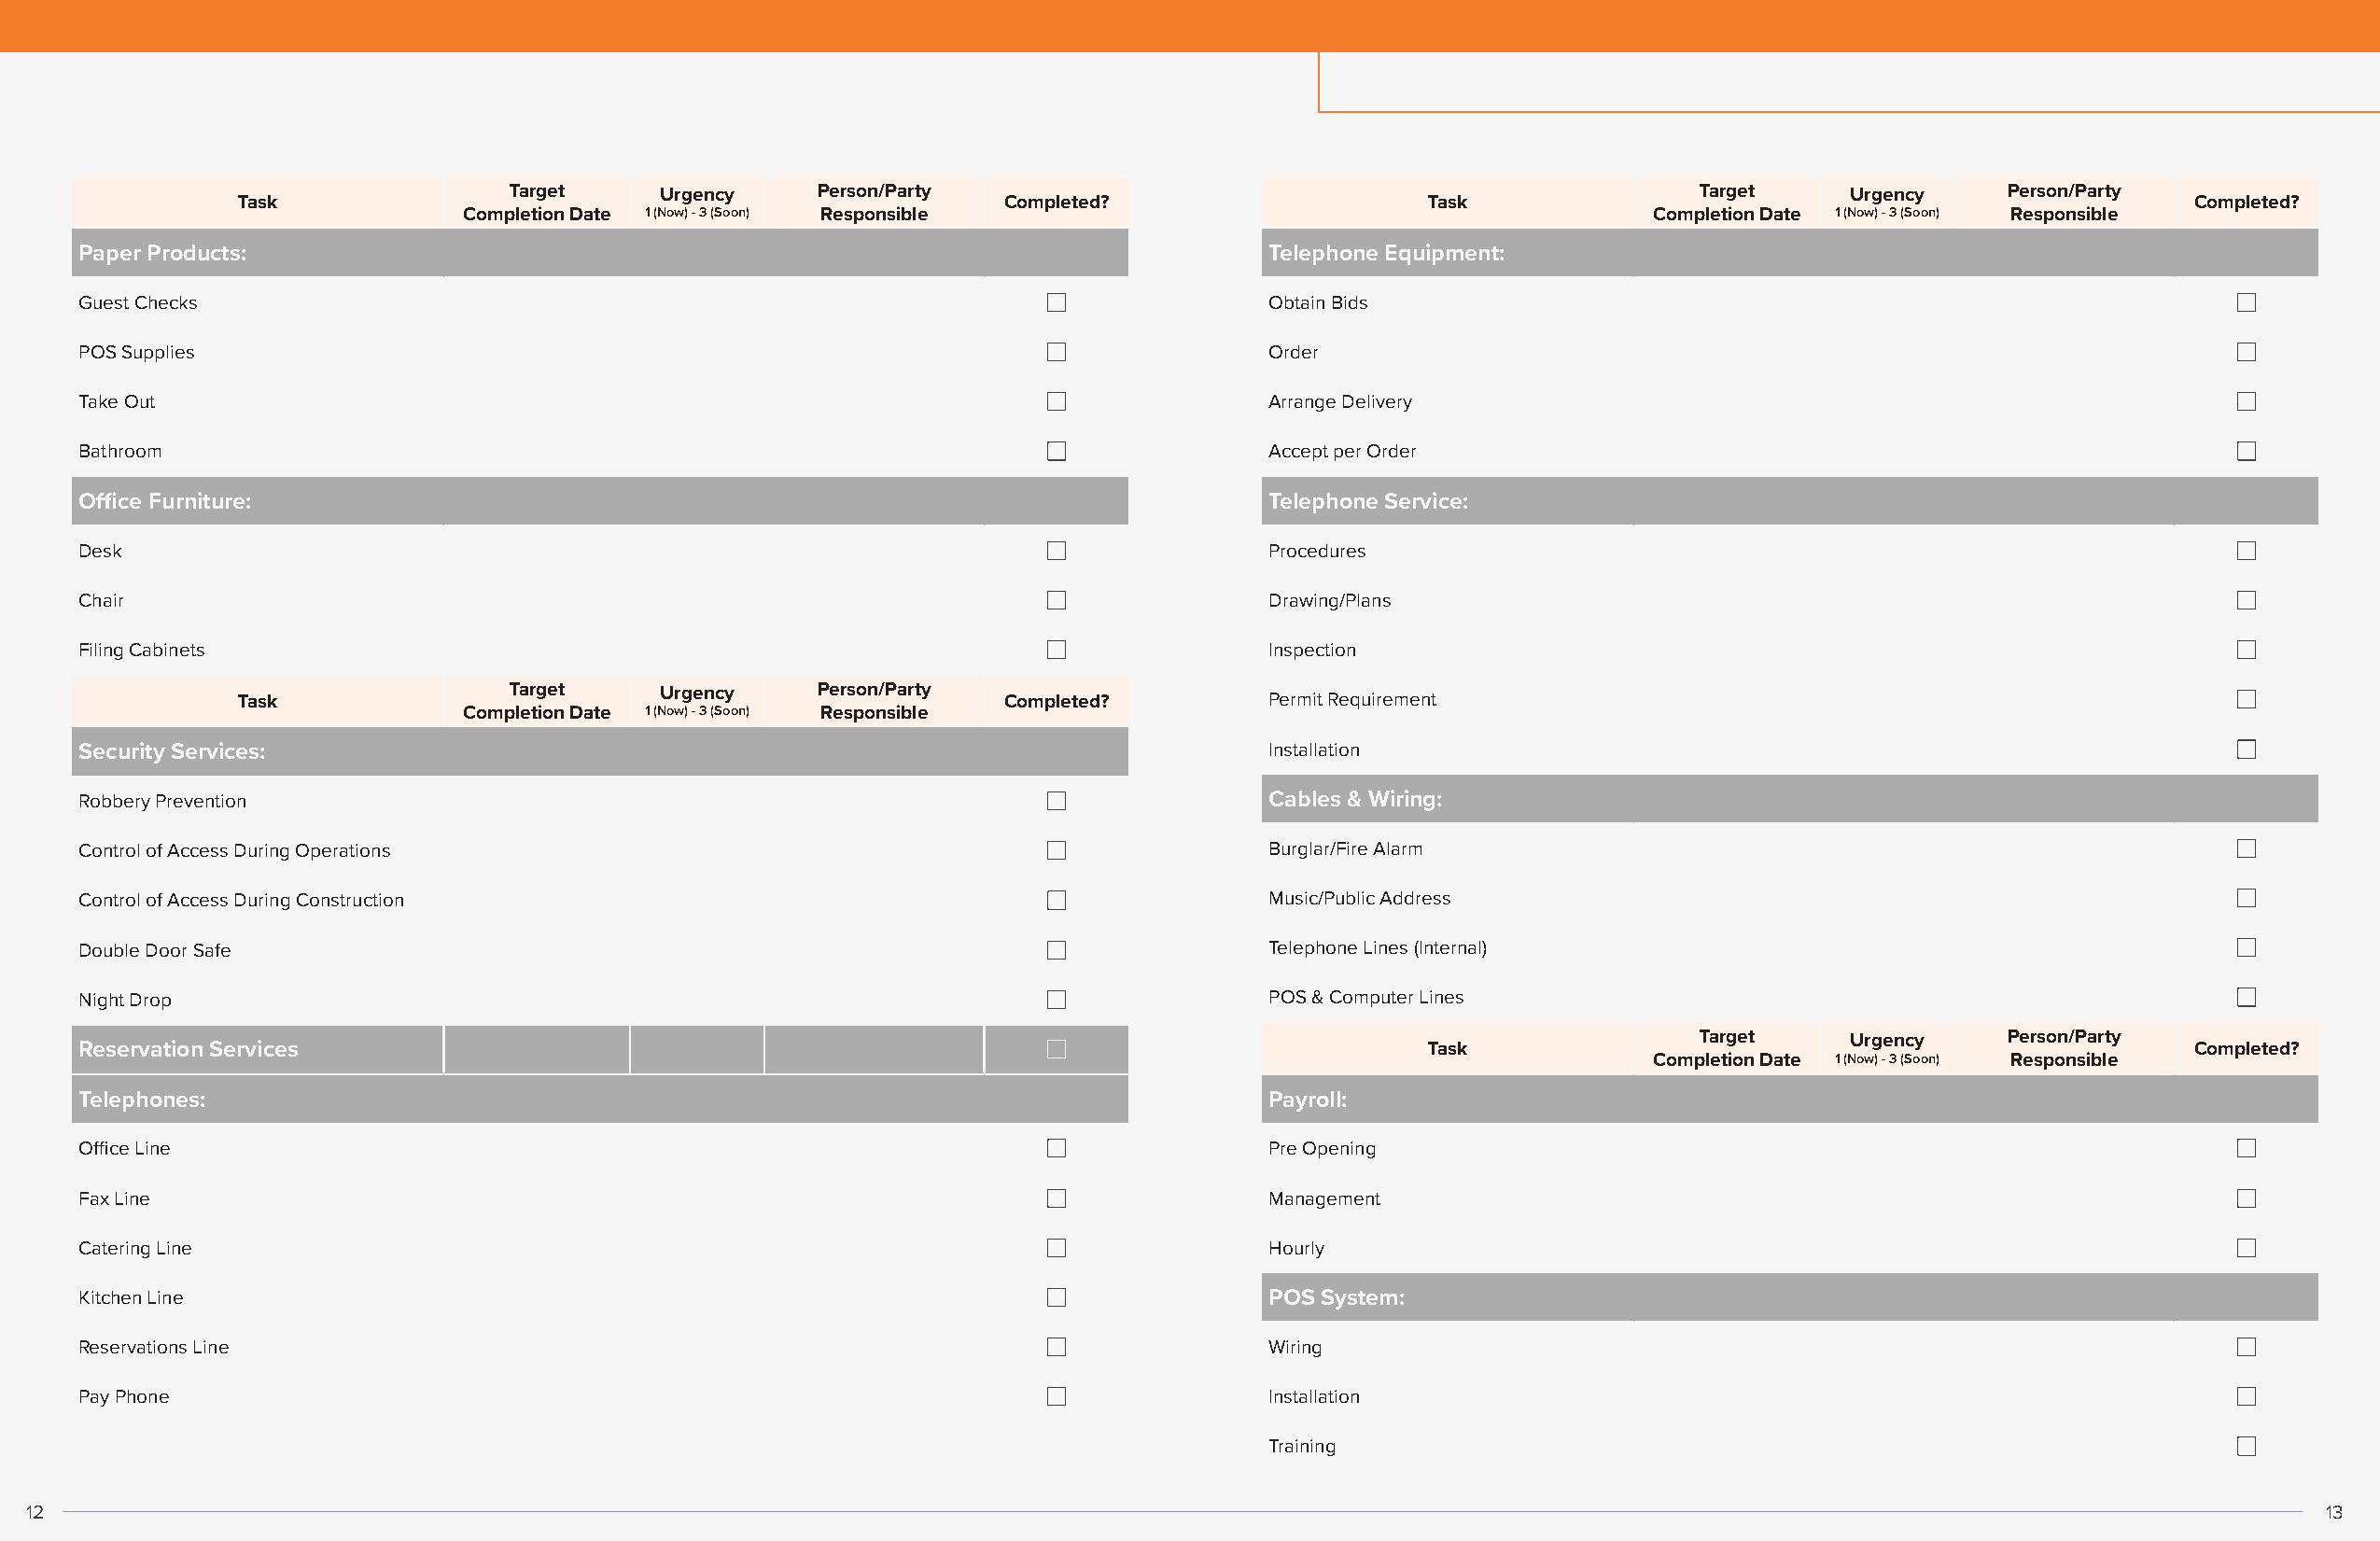
Target     Urgency    Person/Party                                                   Target    Urgency    Person/Party
 Task                                                  Completed?                    Task                                                   Completed?
 Completion Date 1 (Now) - 3 (Soon) Responsible                                      Completion Date 1 (Now) - 3 (Soon) Responsible
 Paper Products:                                                                     Telephone Equipment:
 Guest Checks                                                                        Obtain Bids
 POS Supplies                                                                        Order
 Take Out                                                                            Arrange Delivery
 Bathroom                                                                            Accept per Order
 Office Furniture:                                                                   Telephone Service:
 Desk                                                                                Procedures
 Chair                                                                               Drawing/Plans
 Filing Cabinets                                                                     Inspection
 Target     Urgency    Person/Party
 Task                                                  Completed?         Permit Requirement
 Completion Date 1 (Now) - 3 (Soon) Responsible
 Security Services:                                                                  Installation
 Robbery Prevention                                                                  Cables & Wiring:
 Control of Access During Operations                                                 Burglar/Fire Alarm
 Control of Access During Construction                                               Music/Public Address
 Double Door Safe                                                                    Telephone Lines (Internal)
 Night Drop                                                                          POS & Computer Lines
 Target    Urgency    Person/Party
 Reservation Services                                                                           Task                                                   Completed?
 Completion Date 1 (Now) - 3 (Soon) Responsible
 Telephones:                                                                         Payroll:
 Office Line                                                                         Pre Opening
 Fax Line                                                                            Management
 Catering Line                                                                       Hourly
 Kitchen Line                                                                        POS System:
 Reservations Line                                                                   Wiring
 Pay Phone                                                                           Installation
 Training
 12                                                                                                                                                                 13